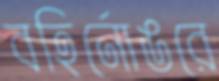
বহির্নোঙরে